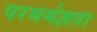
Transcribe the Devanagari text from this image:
परमर्मज्ञता